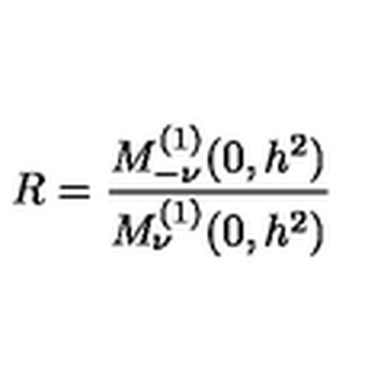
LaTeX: R = \frac { M _ { - \nu } ^ { ( 1 ) } ( 0 , h ^ { 2 } ) } { M _ { \nu } ^ { ( 1 ) } ( 0 , h ^ { 2 } ) }